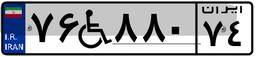
۷۶W۸۸۰۷۴